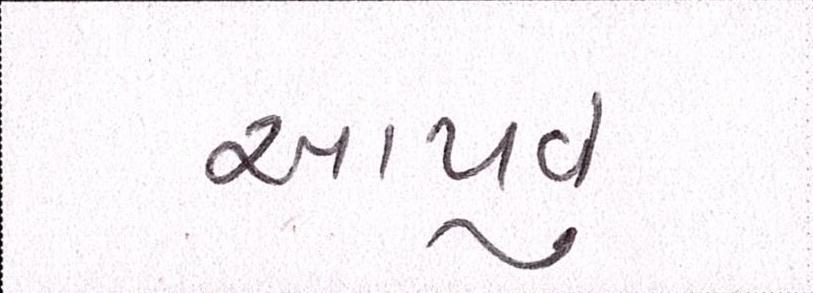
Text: આપવું